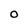
Character: O